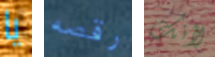
يا رقصه لأنك